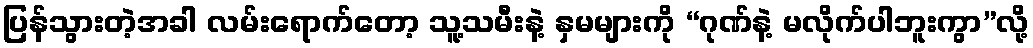
ပြန်သွားတဲ့အခါ လမ်းရောက်တော့ သူ့သမီးနဲ့ နှမများကို “ဂုဏ်နဲ့ မလိုက်ပါဘူးကွာ”လို့